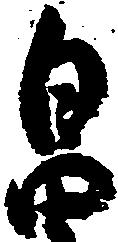
畠